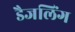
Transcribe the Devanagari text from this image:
डैजलिंग